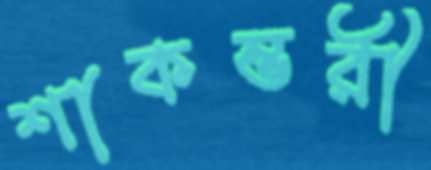
শাকম্ভরী